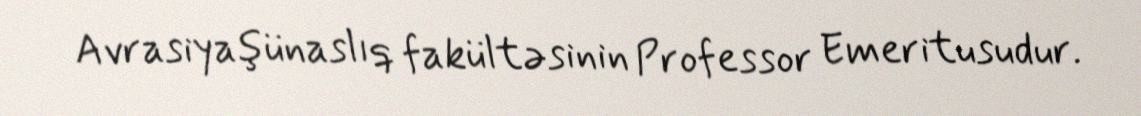
Avrasiyaşünaslıq fakültəsinin Professor Emeritusudur.